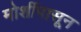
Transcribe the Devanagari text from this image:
मोर्शीपासून